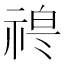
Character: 𱵘